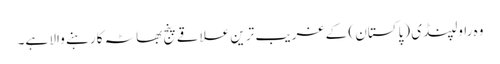
وہ راولپنڈی (پاکستان ) کے غریب ترین علاقے پنج بھاٹہ کا رہنے والا ہے۔